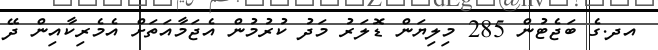
އދ.ގެ ބަޖެޓުން 285 މިލިޔަން ޑޮލަރު މަދު ކުރުމުން އެޖަމާއަތަށް އެމެރިކާއިން ދޭ